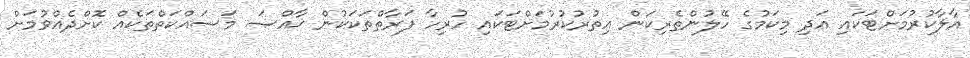
އާލާކުރުމަށްޓަކައި އަދި މިކަމުގެ ހޭލުންތެރިކަން އިތުރުކުރުމަށްޓަކައި ހުރިހާ ފަރާތްތަކަކުން ޚާއްޞަ މަސައްކަތްތަކެއް ކޮށްދެއްވުމަށް